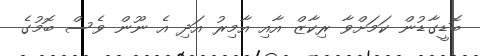
ބޮޑީގާޑުން ކަމަށްވާ ރިކާޒް އާއި އާމިރު އަދި އެ ނޫން ވެސް ބޮމުގެ